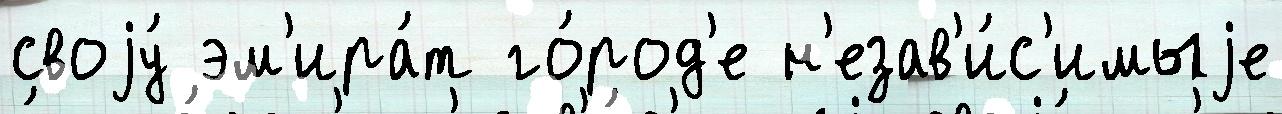
своjу́ эм'ира́т го́род'е н'езав'и́с'имыjе